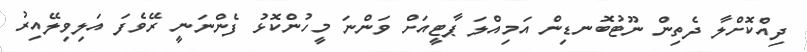
ދިއްކޮށްލާ ދެތިން ނޫޓުބޮނޑިން އަމިއްލަ ޕާޓީއަށް ވަންނަ މީހުންކޮޅު ފެންނަނީ ރޭވެފަ އަލިވިލޭއިރު